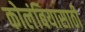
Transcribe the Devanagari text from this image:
कोलंबियासाठी